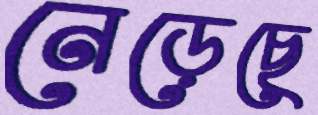
নেড়েছে